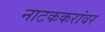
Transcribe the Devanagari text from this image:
नाटककरांवर